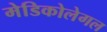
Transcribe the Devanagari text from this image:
मेडिकोलेगल